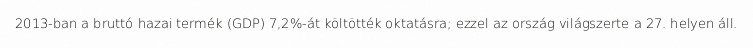
2013-ban a bruttó hazai termék (GDP) 7,2%-át költötték oktatásra; ezzel az ország világszerte a 27. helyen áll.